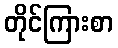
တိုင်ကြားစာ